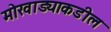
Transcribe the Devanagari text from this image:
मोखाड्याकडील